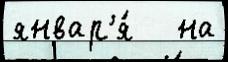
январ'я́   на